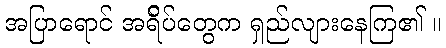
အပြာရောင် အရ်ိပ်တွေက ရှည်လျားနေကြ၏ ။